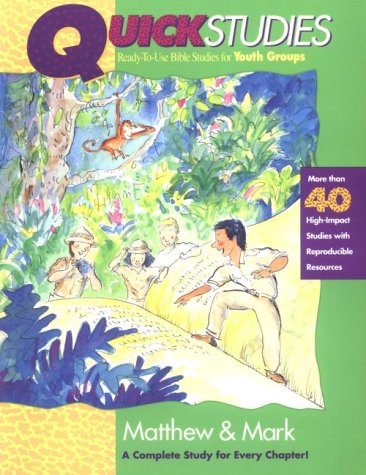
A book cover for Quick Studies - Matthew & Mark; Christian Books & Bibles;